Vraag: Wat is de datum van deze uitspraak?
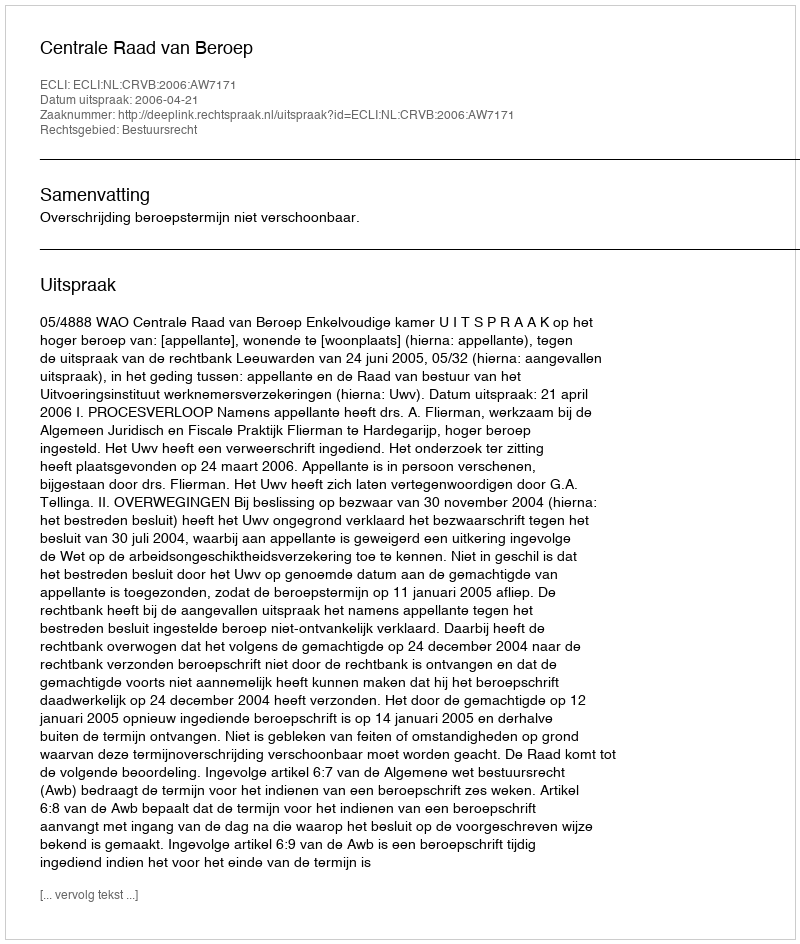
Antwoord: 2006-04-21